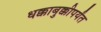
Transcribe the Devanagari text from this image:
धक्काबुक्कीपर्यंत